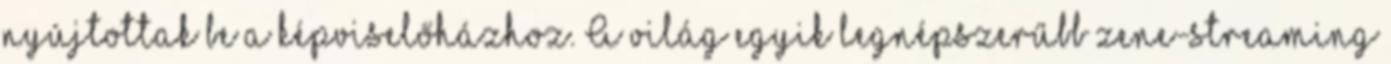
nyújtottak be a képviselőházhoz. A világ egyik legnépszerűbb zene-streaming